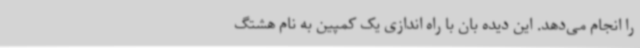
را انجام می‌دهد. این دیده بان با راه اندازی یک کمپین به نام هشتگ